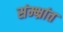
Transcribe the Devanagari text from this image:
संम्भ्रांत